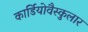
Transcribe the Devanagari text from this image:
कार्डियोवैस्कुलार